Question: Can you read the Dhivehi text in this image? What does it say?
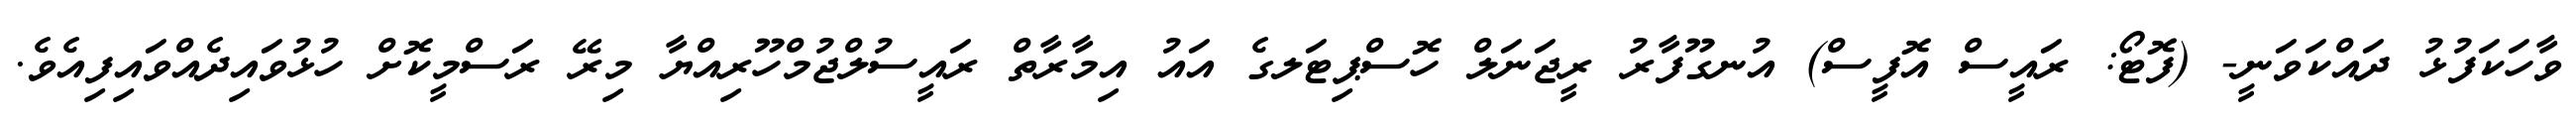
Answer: ވާހަކަފުޅު ދައްކަވަނީ- (ފޮޓޯ: ރައީސް އޮފީސް) އުނގޫފާރު ރީޖަނަލް ހޮސްޕިޓަލގެ އައު އިމާރާތް ރައީސުލްޖުމްހޫރިއްޔާ މިރޭ ރަސްމީކޮށް ހުޅުވައިދެއްވައިފިއެވެ.